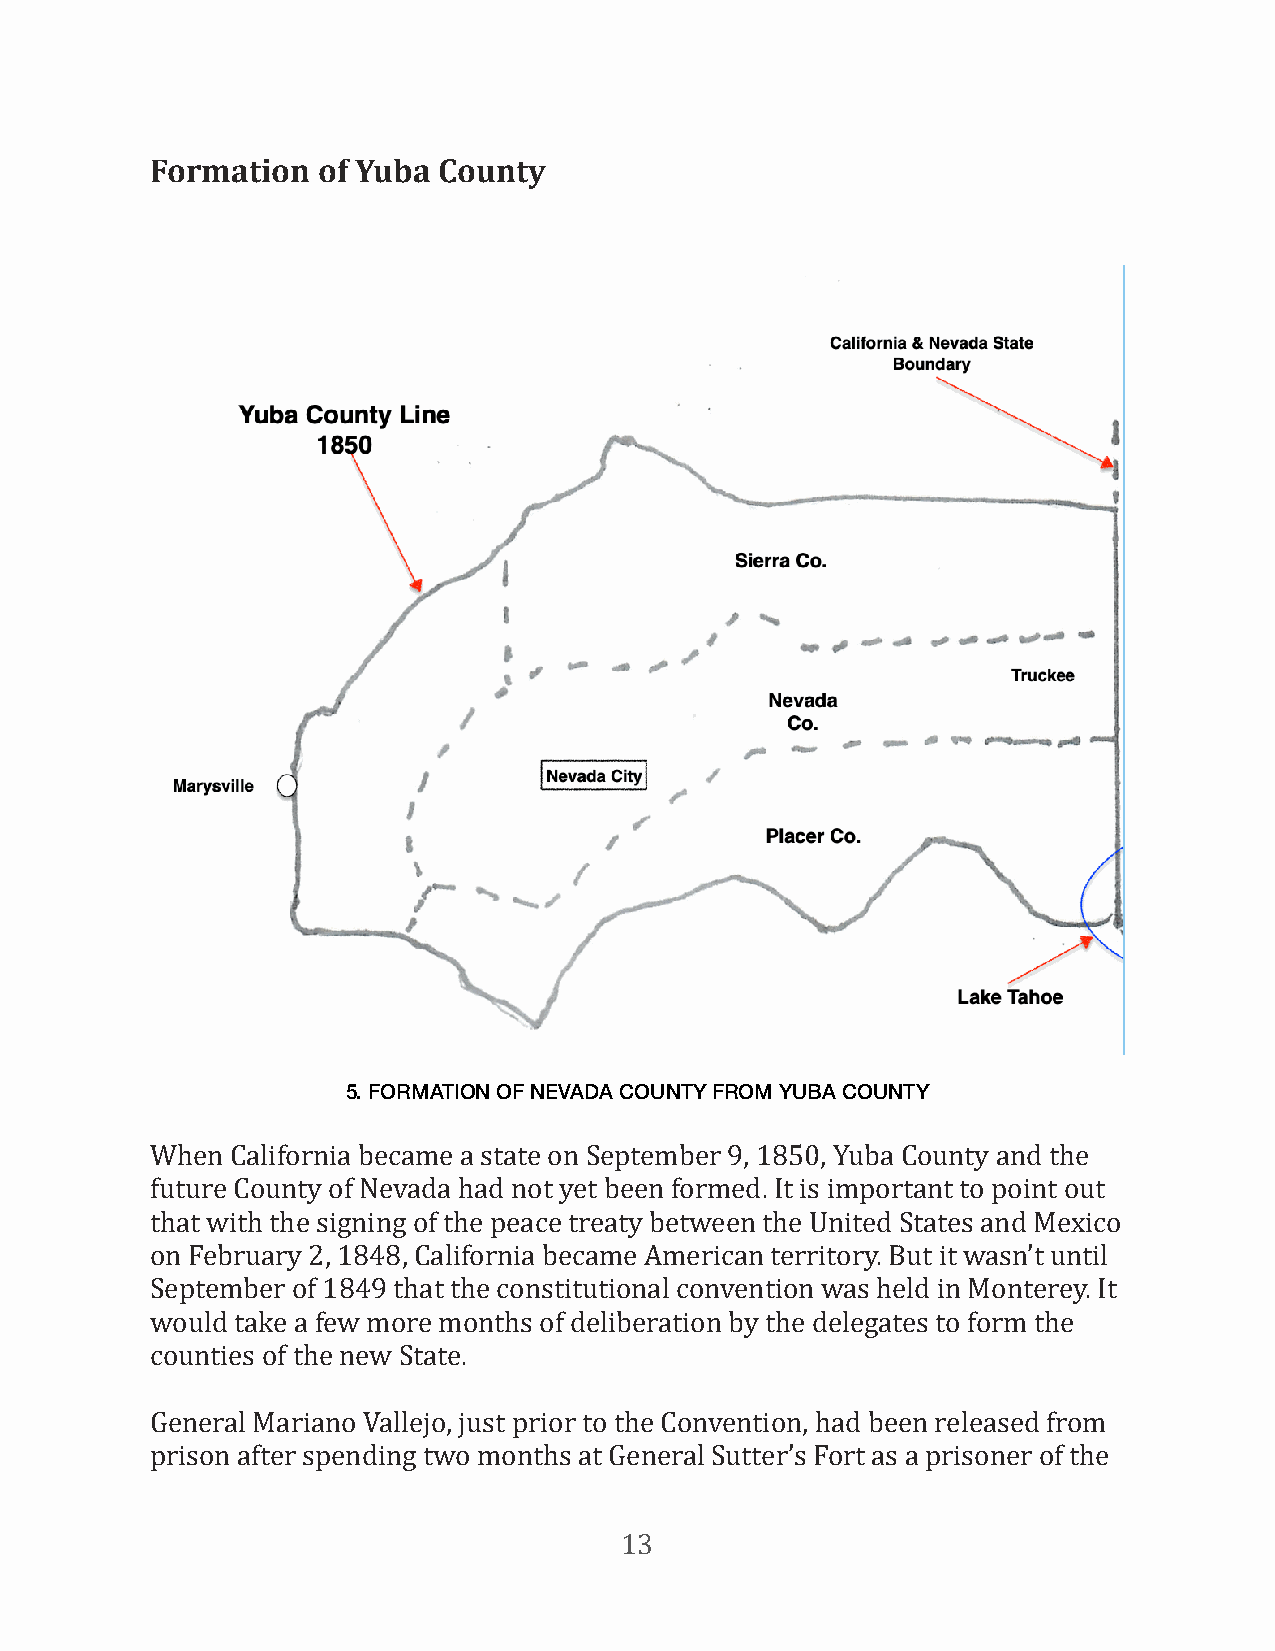
Formation  of Yuba County
 5. FORMATION OF NEVADA COUNTY FROM YUBA COUNTY
 When California became a state on September 9, 1850, Yuba County and the
 future County of Nevada had not yet been formed. It is important to point out
 that with the signing of the peace treaty between the United States and Mexico
 on February 2, 1848, California became American territory. But it wasn’t until
 September of 1849 that the constitutional convention was held in Monterey. It
 would take a few more months of deliberation by the delegates to form the
 counties of the new State.
 General Mariano Vallejo, just prior to the Convention, had been released from
 prison after spending two months at General Sutter’s Fort as a prisoner of the
 13